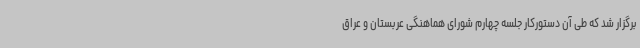
برگزار شد که طی آن دستورکار جلسه چهارم شورای هماهنگی عربستان و عراق